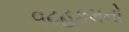
વટહૂકમનો